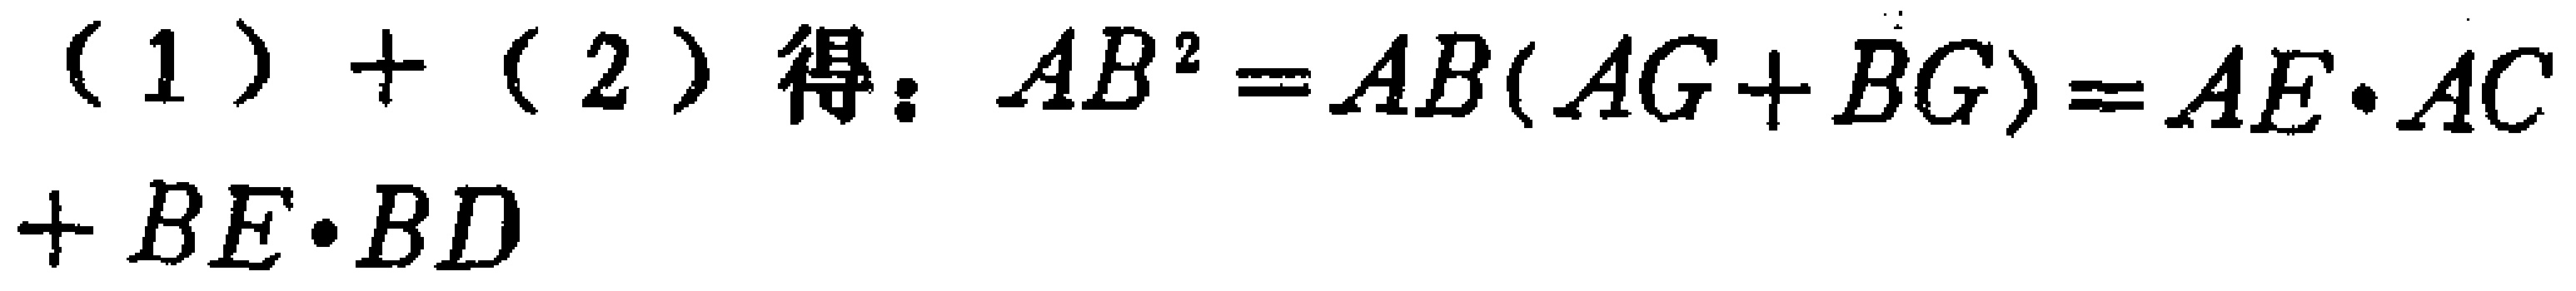
(1)+(2)得：\(AB^{2}=AB(AG + BG)=AE\cdot AC+BE\cdot BD\)